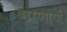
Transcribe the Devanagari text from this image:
भरणार्या